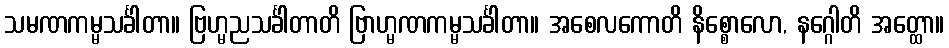
သမဏကမ္မသင်္ခါတာ။ ဗြဟ္မညသင်္ခါတာတိ ဗြာဟ္မဏကမ္မသင်္ခါတာ။ အစေလကောတိ နိစ္စောလော, နဂ္ဂေါတိ အတ္ထော။